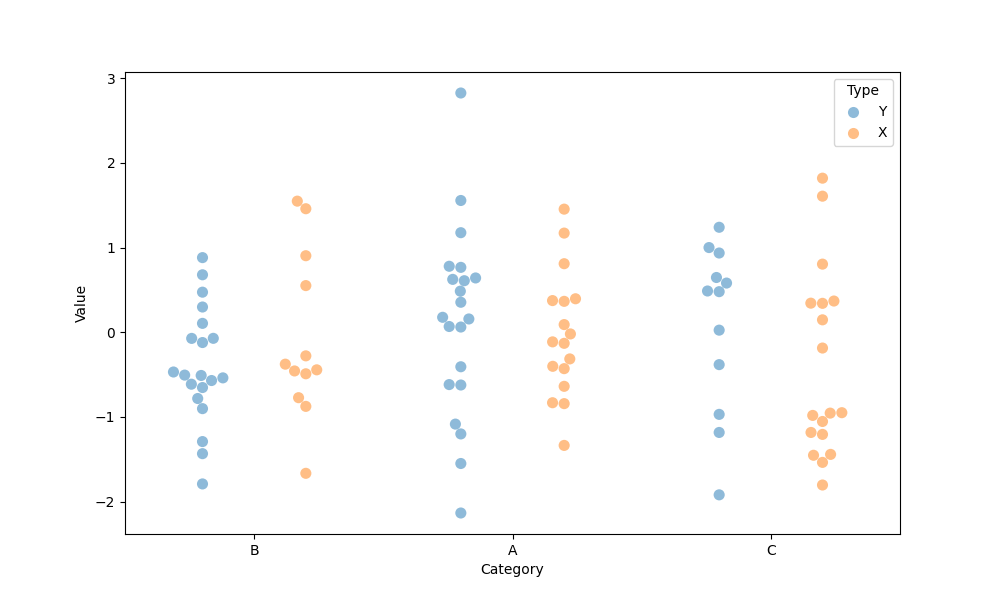
python, seaborn, swarmplot, dodge=True, alpha=0.5, size=8